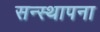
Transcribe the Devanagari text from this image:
सन्स्थापना